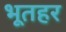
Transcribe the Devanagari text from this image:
भूतहर